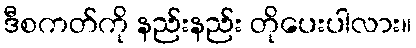
ဒီစကတ်ကို နည်းနည်း တိုပေးပါလား။